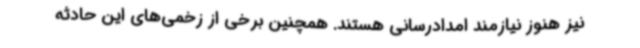
نیز هنوز نیازمند امدادرسانی هستند. همچنین برخی از زخمی‌های این حادثه